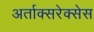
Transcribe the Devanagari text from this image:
अर्ताक्सरेक्सेस